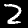
Label: 2